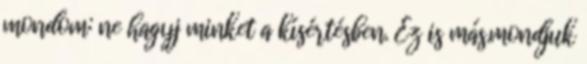
mondom: ne hagyj minket a kísértésben. Ez is más.mondjuk